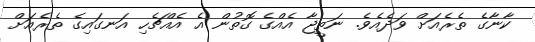
ކާނާގެ ތެރެއަށް ވަދެއެވެ. ނަތީޖާ އެއްގެ ގޮތުން އެ އެއްޗެހި އަނގައިގެ ތެރެއަށް